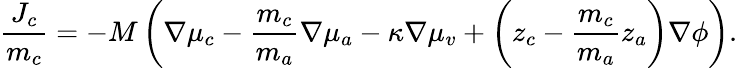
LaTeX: \frac{J_{c}}{m_{c}}=-M\left(\nabla\mu_{c}-\frac{m_{c}}{m_{a}}\nabla\mu_{a}-\kappa\nabla\mu_{v}+\left(z_{c}-\frac{m_{c}}{m_{a}}z_{a}\right)\nabla\phi\right).